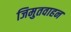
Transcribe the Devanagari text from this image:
जिमुतवाहन